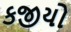
કજીયો